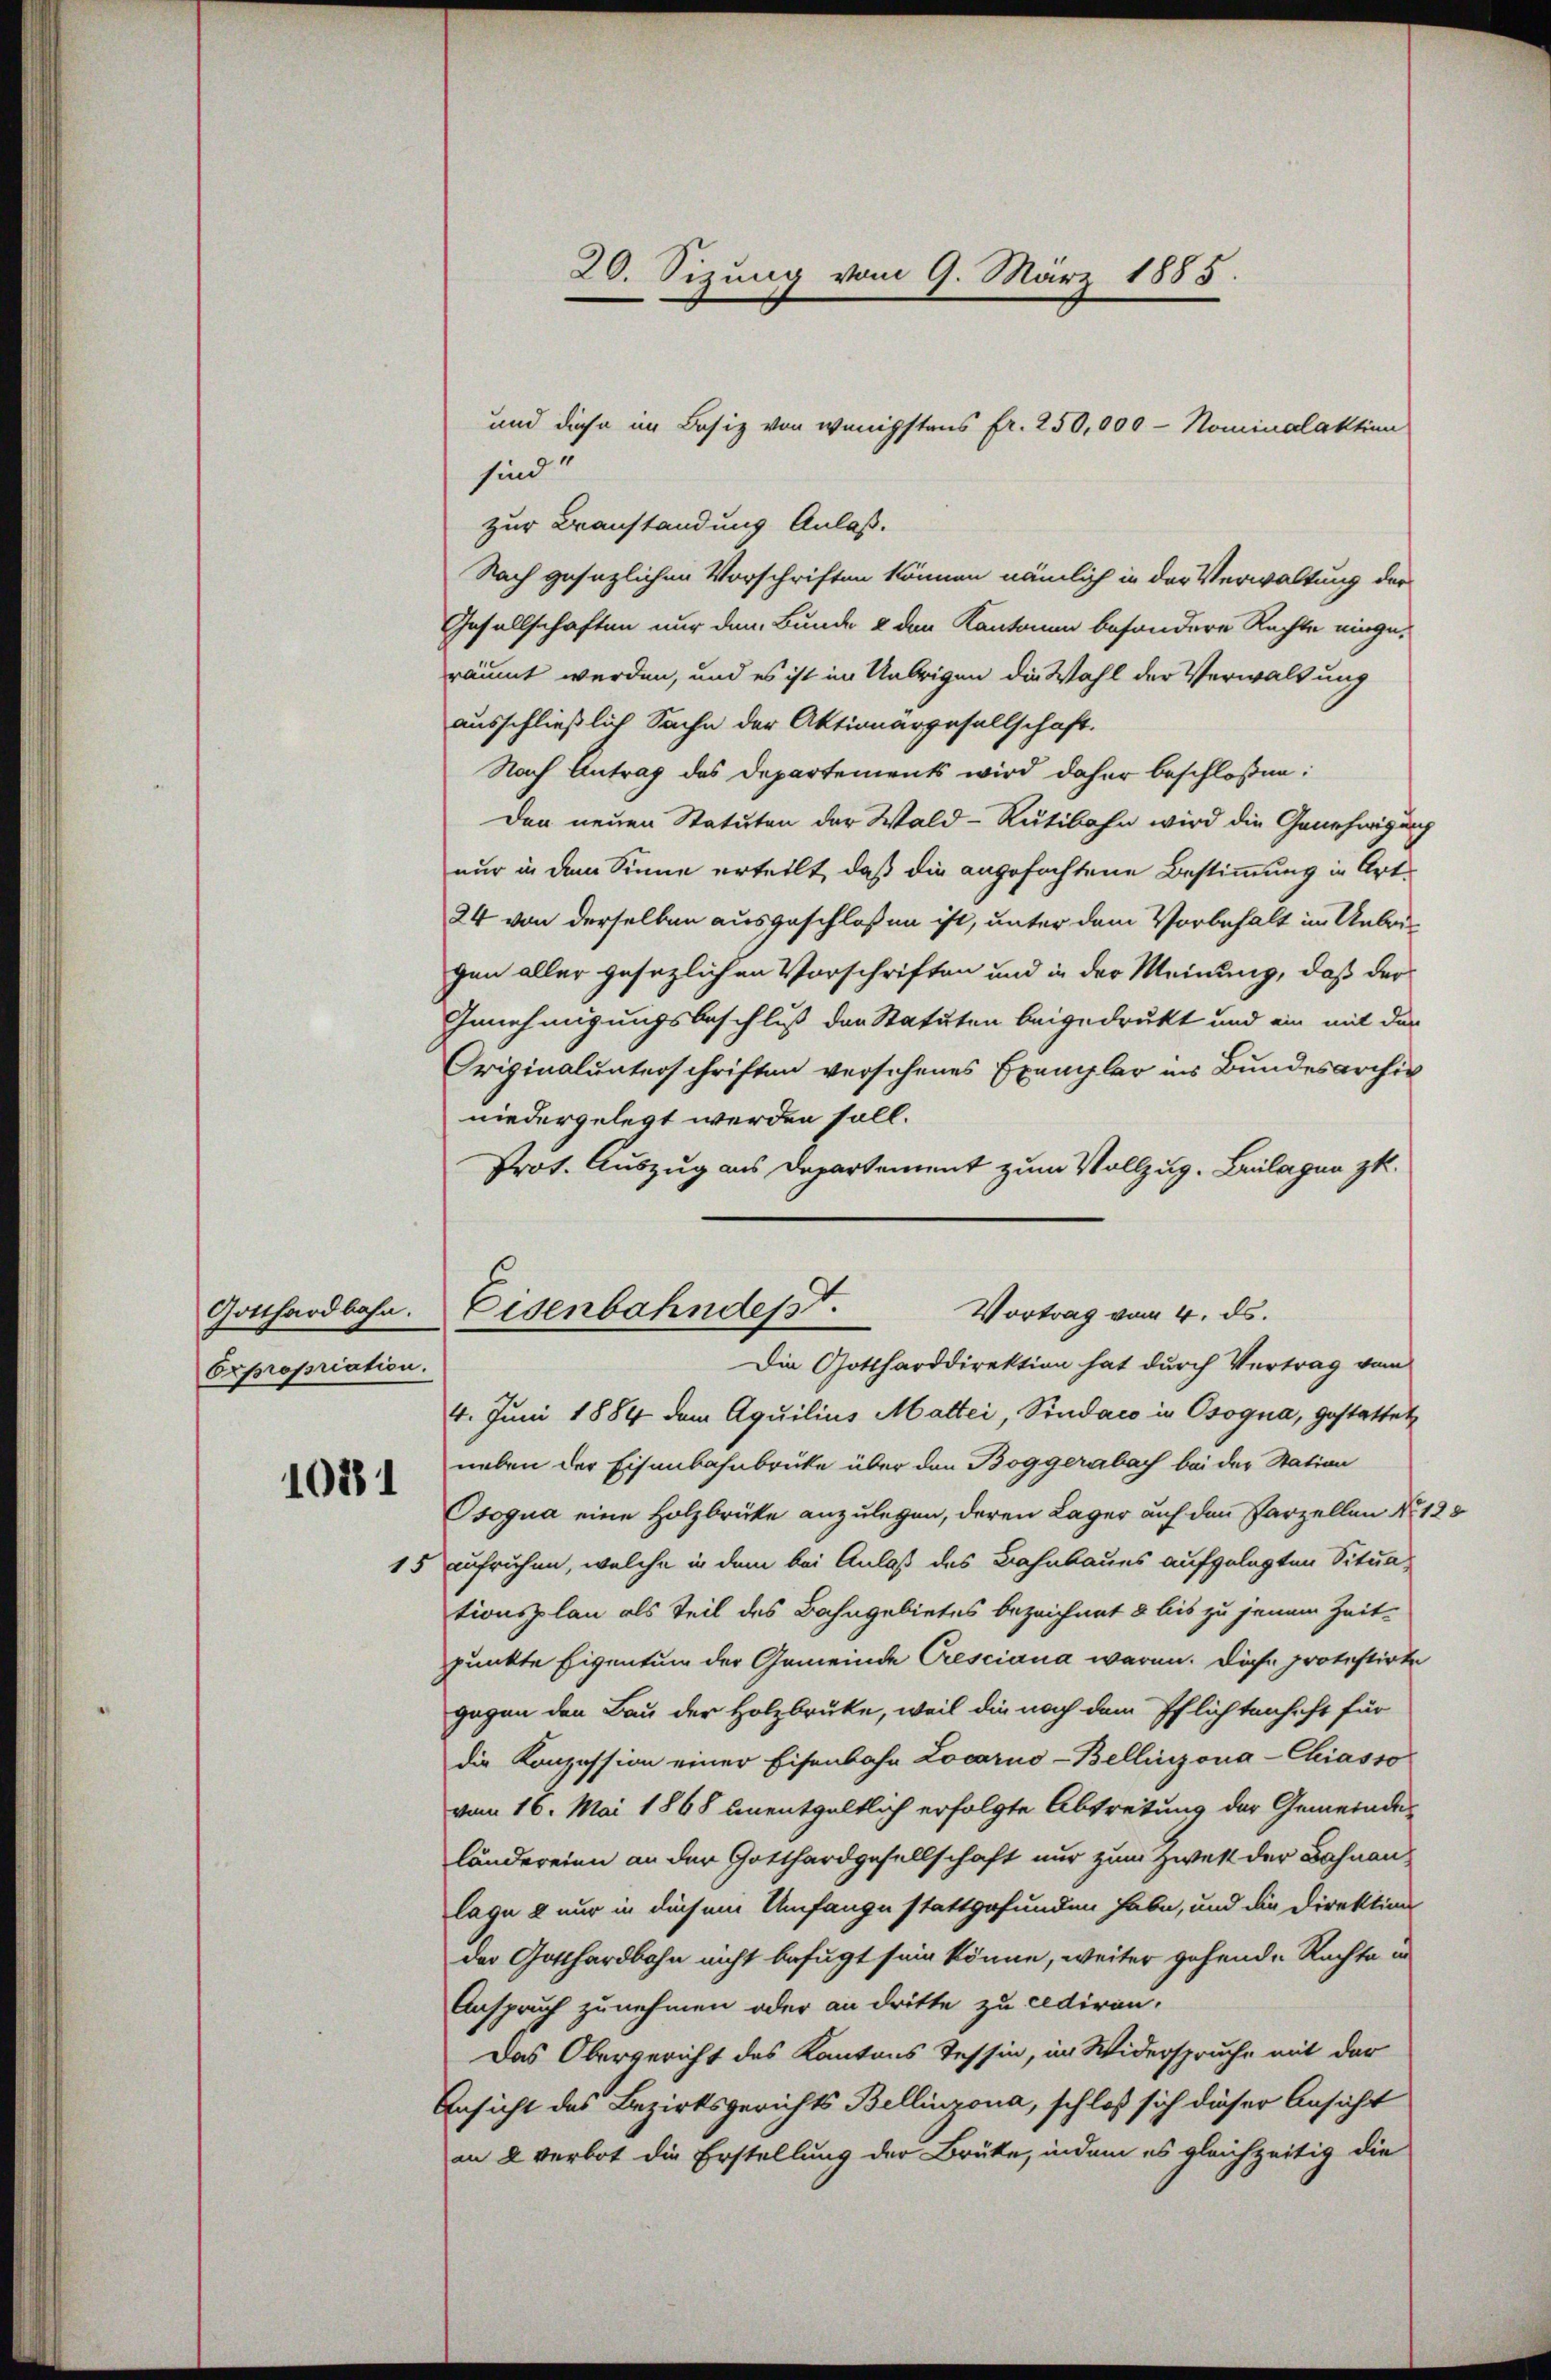
Expropriation.

1081

sind
zur Beanstandung Anlaß.
Nach gesezlichen Vorschriften können nämlich in der Verwaltung der
Gesellschaften nur dem Bunde & den Kantonen besondere Rechte einge-
räumt werden, und es ist im Uebrigen die Wahl der Verwaltung
ausschließlich Sache der Aktionärgesellschaft.
Nach Antrag des Departements wird daher beschloßen:
Den neuen Statuten der Wald–Rütibahn wird die Genehmigung
nur in dem Sinne erteilt, daß die angefochtene Bestimmung in Ort¬
24 von derselben ausgeschlossen ist, unter dem Vorbehalt im Uebrigen aller gesezlichen Vorschriften und in der Meinung, daß der
Innehmigungsbeschluß der Statuten beigedrukt und ein mit der
Originalunterschriften versehenes Exemplar ins Bundesarchiv
niedergelegt werden soll.
Prot. Auszug aus Departement zum Vollzug. Beilagen z.
4. Juni 1884 dem Aquilius Mattei, Vindaco in Osogna, gestattet
neben der Eisenbahnbrüke über den Boggerabach bei der Station
Osogua eine Holzbrüke anzulegen, deren Lager auf den Parzellen No 128
15 aufruhen, welche in dem bei Anlaß des Bahnbaues aufgelegten Situationsplan als Teil des Bahngebietes bezeichnet & bis zu jenem Zeit-
punkte Eigentum der Gemeinde Cresciana waren. Diese protestirte
gegen den Bau der Holzbrüke, weil die nach dem Pflichtenhaft für
die Konzession einer Eisenbahn Locarno-Bellinzona-Chiasso
vom 16. Mai 1868 unentgeltlich erfolgte Abtretung der Gemeinde
ländereien an der Gotthardgesellschaft nur zum Zwek der Bahnanlage & nur in diesem Umfange stattgefunden habe, und die Direktion
der Gotthardbahn nicht befugt sein könne, weiter gehende Rechte un
Anspruch zunehmen oder an dritte zu cediren.
Das Obergericht des Kantons Tessin, im Widerspruche mit der
Ansicht des Bezirksgerichts Bellinzona, schloß sich dieser Ansicht
an 2 verbot die Erstellung der Brüke, indem es gleichzeitig die

20. Sizung vom 9. März 1885.

und diese im Besiz von wenigstens fr. 250,000 - Nominalaktion

Gotthardbahn. Eisenbahndesst.
Vortrag vom 4. ds.
Die Gottharddirektion hat durch Vertrag vom